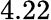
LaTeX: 4.22